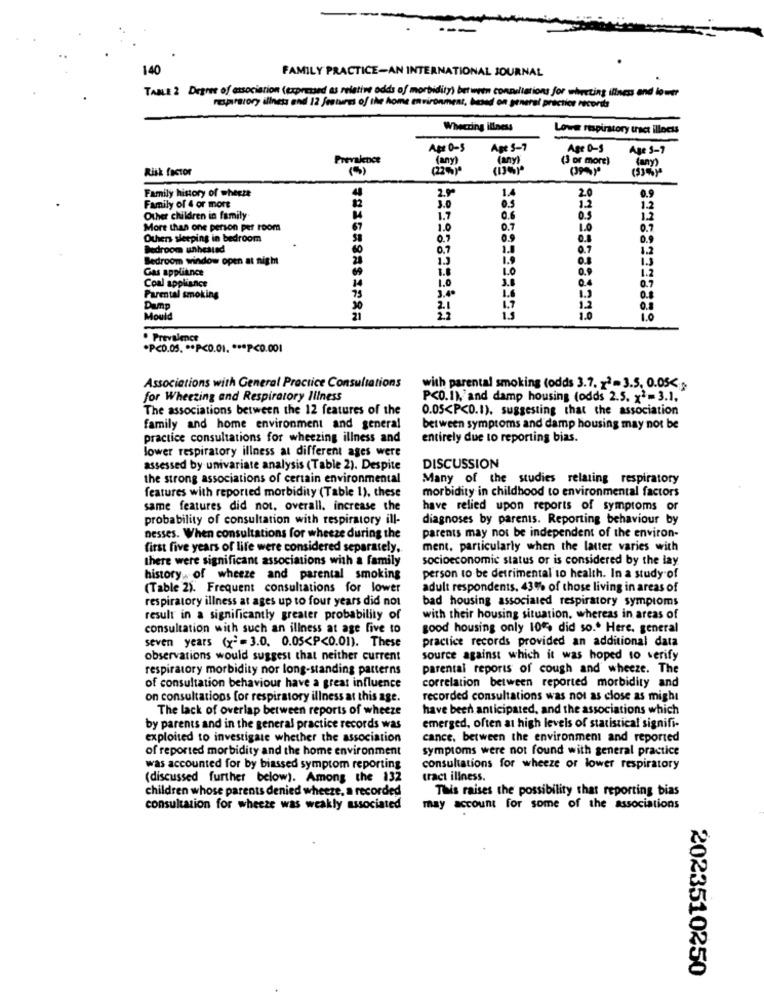
140
FAMILY PRACTICE-AN INTERNATIONAL JOURNAL
TABLE 2 Degree of association (expressed as relativ odds of morbidity) between conneltations for wherting ilines and lower
respiratory illness end 12 features of the home environment, based on general practior recordts
Wheezing illness
Lowe respiratory tract illness
Aş 0-5
Age S-7
Age 0-S
Age 5-7
Prevalence
(any)
(any)
(3 or more)
Risk factor
(22%)*
(any)
2.9ª
20
Family history of wheett
1.4
.. 9
Family of 4 or more
3.0
0.3
1.2
12
Other children in family
1.7
0.6
0.5
1.2
More than one person per room
67
1.0
0.7
1.0
0.7
Others sleeping in bedroom
0.9
0.9
0.8
0.9
Bedroom unheated
60
0.7
1.8
0.7
1.2
Bedroom window open at night
20
1.3
1.9
0.
1.3
Gas appliance
1.8
1.0
0.9
1.2
3.8
0.4
0.7
Coal appliance
10
Parental smoking
75
3.4º
1.6
1.3
0.8
Dump
Mould
· Prevalence
*P<0.05 .** P<0.01 .*** P<0.001
Associations with General Practice Consultations
with parental smoking (odds 3.7. x2= 3.5. 0.05<
for Wheezing and Respiratory Illness
P<0.1), and damp housing (odds 2.5. x2=3.1.
The associations between the 12 features of the
0.05<P<0.1), suggesting that the association
family and home environment and general
between symptoms and damp housing may not be
practice consultations for wheezing illness and
entirely due to reporting bias.
lower respiratory illness at different ages were
assessed by univariate analysis (Table 2). Despite
DISCUSSION
the strong associations of certain environmental
Many of the studies relating respiratory
morbidity in childhood to environmental factors
features with reported morbidity (Table 1), these
same features did not, overall. increase the
have relied upon reports of symptoms or
probability of consultation with respiratory ill-
diagnoses by parents. Reporting behaviour by
nesses. When consultations for wheeze during the
parents may not be independent of the environ-
first five years of life were considered separately.
ment, particularly when the latter varies with
there were significant associations with a family
socioeconomic status or is considered by the lay
history of wheeze and parental smoking
person to be detrimental to health. In a study of
(Table 2). Frequent consultations for lower
adult respondents, 43% of those living in areas of
respiratory illness at ages up to four years did not
bad housing associated respiratory symptoms
result in a significantly greater probability of
with their housing situation, whereas in areas of
consultation with such an illness at age five to
good housing only 10 did so .. Here. general
practice records provided an additional data
seven years (x)= 3.0. 0.05<P<0.01). These
observations would suggest that neither current
source against which it was hoped to verify
respiratory morbidity nor long-standing patterns
parental reports of cough and wheeze. The
of consultation behaviour have a great influence
correlation between reported morbidity and
on consultations for respiratory illness at this age.
recorded consultations was not as close as might
The lack of overlap between reports of wheeze
have been anticipated, and the associations which
by parents and in the general practice records was
emerged, often at high levels of statistical signifi-
exploited to investigate whether the association
cance. between the environment and reported
of reported morbidity and the home environment
symptoms were not found with general practice
was accounted for by biassed symptom reporting
consultations for wheeze or lower respiratory
(discussed further below). Among the 132
tract illness.
children whose parents denied wheeze, a recorded
This raises the possibility that reporting bias
consultation for wheeze was weakly associated
may account for some of the associations
2023510250